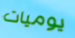
يوميات